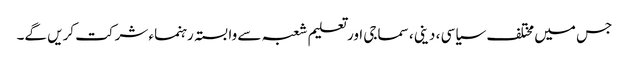
جس میں مختلف سیاسی ، دینی، سماجی اور تعلیم شعبہ سے وابستہ رہنماء شرکت کریں گے۔